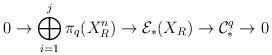
LaTeX: \begin{align*} 0 \to \bigoplus_{i=1}^{j} \pi_{q}(X^{n}_R) \to \mathcal{E}_*(X_R) \to \mathcal{C}^q_{*} \to 0 \end{align*}